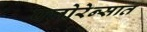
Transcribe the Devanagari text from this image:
फ्लोरेन्सात